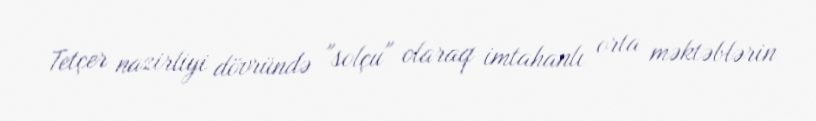
Tetçer nazirliyi dövründə "solçu" olaraq imtahanlı orta məktəblərin